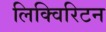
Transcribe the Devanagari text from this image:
लिक्विरिटन